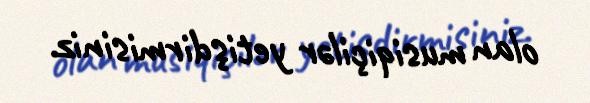
olan musiqiçilər yetişdirmisiniz.